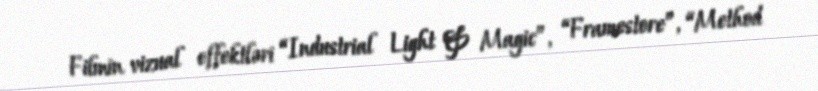
Filmin vizual effektləri “Industrial Light & Magic”, “Framestore”, “Method